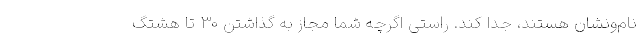
‌نام‌ونشان‌ هستند، جدا کند. راستی اگرچه شما مجاز به گذاشتن 30 تا هشتگ